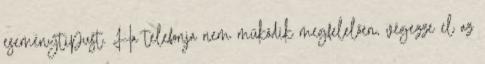
eseménytípust. Ha telefonja nem működik megfelelően, végezze el az